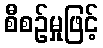
စီစဉ်မှုဖြင့်